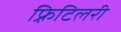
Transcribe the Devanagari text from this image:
फ़्रिटिलरी